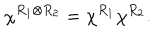
\chi ^ { R _ { 1 } \otimes R _ { 2 } } = \chi ^ { R _ { 1 } } \chi ^ { R _ { 2 } } .